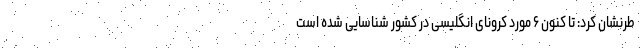
طرنشان کرد: تا کنون ۶ مورد کرونای انگلیسی در کشور شناسایی شده است